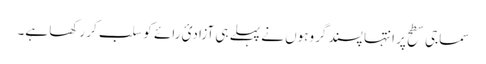
سماجی سطح پر انتہا پسند گروہوں نے پہلے ہی آزادیٔ رائے کو سلب کر رکھا ہے۔